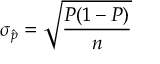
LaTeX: \sigma _ { \hat { p } } = { \sqrt { \frac { P ( 1 - P ) } { n } } }